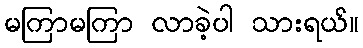
မကြာမကြာ လာခဲ့ပါ သားရယ်။